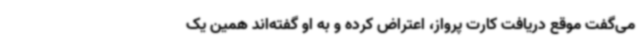
می‌گفت موقع دریافت کارت پرواز، اعتراض کرده و به او گفته‌اند همین یک